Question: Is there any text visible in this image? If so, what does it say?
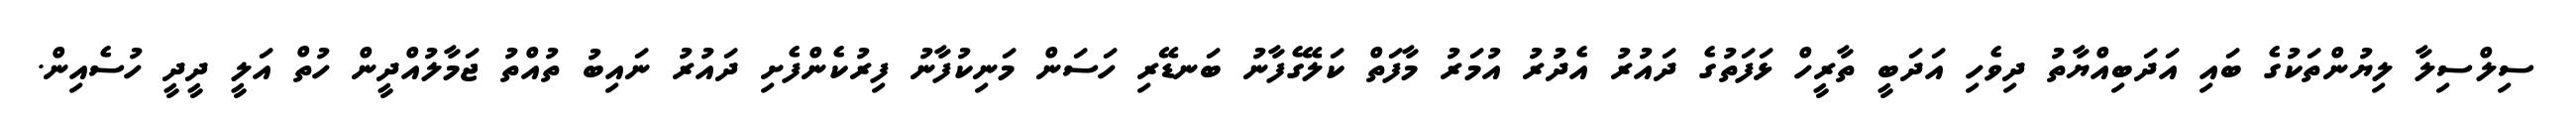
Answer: ސިލްސިލާ ލިޔުންތަކުގެ ބައި އަދަބިއްޔާތު ދިވެހި އަދަބީ ތާރީހް ޅަފަތުގެ ދައުރު އެދުރު އުމަރު މާފަތް ކަލޭގެފާނު ބަނޑޭރި ހަސަން މަނިކުފާނު ފިރުކެންފެށި ދައުރު ނައިބު ތުއްތު ޖަމާލުއްދީން ހުތް އަލީ ދީދީ ހުސެއިން.